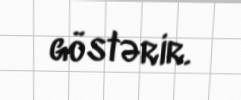
göstərir.